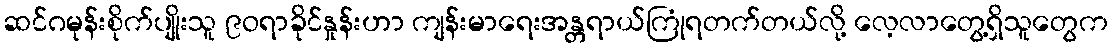
ဆင်ဂမုန်းစိုက်ပျိုးသူ ၉ဝရာခိုင်နှုန်းဟာ ကျန်းမာရေးအန္တရာယ်ကြုံရတက်တယ်လို့ လေ့လာတွေ့ရှိသူတွေက